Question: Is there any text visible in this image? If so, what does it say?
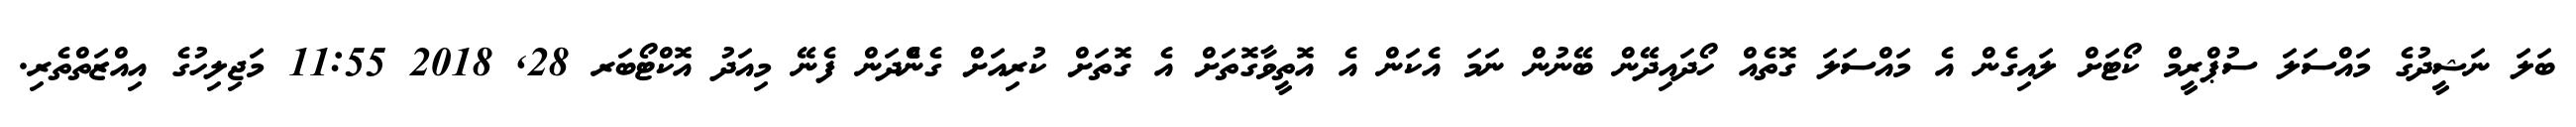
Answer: ބަލަ ނަޝީދުގެ މައްސަލަ ސުޕްރީމް ކޯޓަށް ލައިގެން އެ މައްސަލަ ގޮތެއް ހޯދައިދޭން ބޭނުން ނަމަ އެކަން އެ އޮތީވާގޮތަށް އެ ގޮތަށް ކުރިއަށް ގެންެދަން ފެނޭ މިއަދު އޮކްޓޯބަރ 28, 2018 11:55 މަޖިލިހުގެ އިއްޒަތްތެރި.